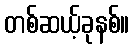
တစ်ဆယ့်ခုနစ်။